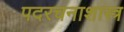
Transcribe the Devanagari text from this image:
पदरचनाशास्त्र